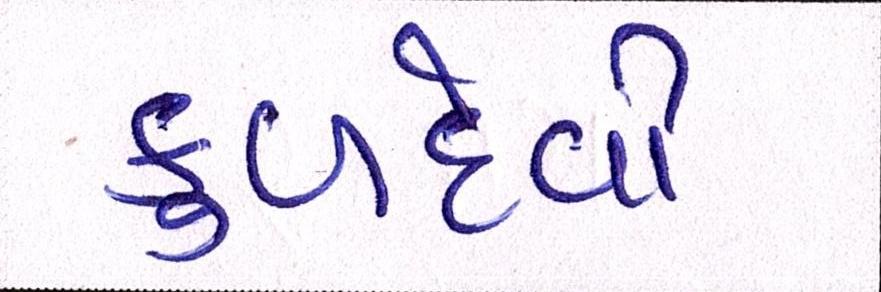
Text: કુળદેવી